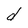
Character: d